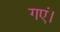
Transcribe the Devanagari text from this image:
गएं।